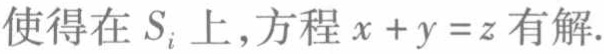
使得在 \(S_{i}\) 上，方程 \(x + y = z\) 有解.